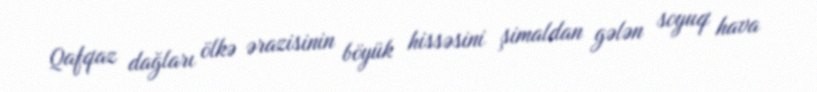
Qafqaz dağları ölkə ərazisinin böyük hissəsini şimaldan gələn soyuq hava